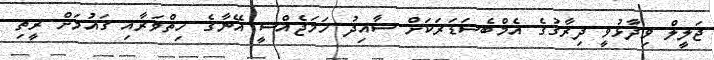
ޖަލީލް ވިދާޅުވީ ދިރާގުގެ އެމްބެސަޑަރަކަށް ސާއިދު ހަމަޖެއްސީ އޭނާގެ ހިތްވަރާއި ގައުމަށް ރީތި